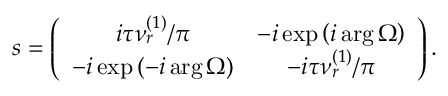
s = \left( \begin{array} { c c } { i \tau \nu _ { r } ^ { \left( 1 \right) } / \pi } & { - i \exp \left( i \arg \Omega \right) } \\ { - i \exp \left( - i \arg \Omega \right) } & { - i \tau \nu _ { r } ^ { \left( 1 \right) } / \pi } \end{array} \right) .